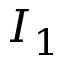
I _ { 1 }